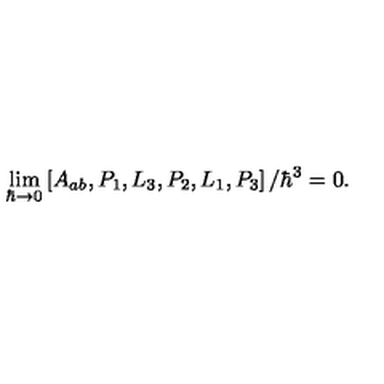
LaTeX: \lim _ { \hbar \rightarrow 0 } \left[ A _ { a b } , P _ { 1 } , L _ { 3 } , P _ { 2 } , L _ { 1 } , P _ { 3 } \right] / \hbar ^ { 3 } = 0 .